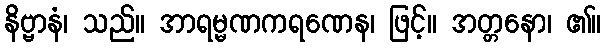
နိဗ္ဗာနံ၊ သည်။ အာရမ္မဏကရဏေန၊ ဖြင့်။ အတ္တနော၊ ၏။